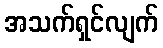
အသက်ရှင်လျက်